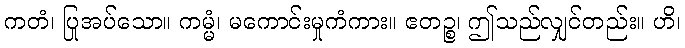
ကတံ၊ ပြုအပ်သော။ ကမ္မံ၊ မကောင်းမှုကံကား။ ဧတဉ္စ၊ ဤသည်လျှင်တည်း။ ဟိ၊